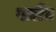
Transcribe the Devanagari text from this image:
पातेद्य